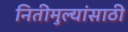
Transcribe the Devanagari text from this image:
नितीमुल्यांसाठी